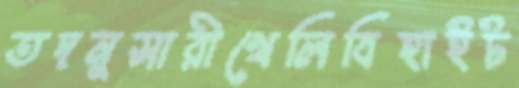
তদনুসারীখেলিবিহাইট